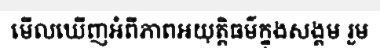
មើលឃើញអំពីភាពអយុត្តិធម៌ក្នុងសង្គម រួម